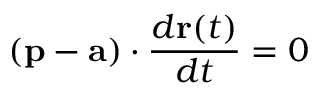
( \mathbf { p } - \mathbf { a } ) \cdot { \frac { d \mathbf { r } ( t ) } { d t } } = 0